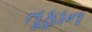
તૂફાન